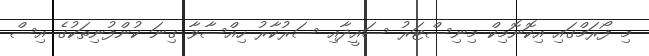
މި ފޯރަމްގައި އިކޮނޮމިކް މިނިސްޓަރު ސައީދާއި ސަރުކާރު ހިއްސާވާ ގިނަ ކުންފުނިތަކުގެ އިސް